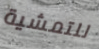
للتمشية